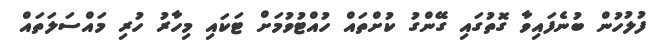
ފުލުހުން ބުނެފައިވާ ގޮތުގައި ގޭންގު ކުށްތައް ހުއްޓުވުމަށް ޓަކައި މިހާރު ހުރި މައްސަލަތައް